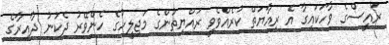
ރައީސްގެ ވާހަކައިގާ އެ ރިއާޔަތް ކުރެއްވެވީ ރައްޔިތުންގެ މަޖިލީހުގެ ހެންވޭރު ދެކުނު ދާއިރާގެ